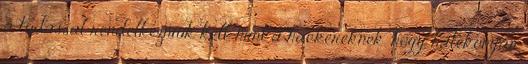
a tudással rendelkezniük kell, mint a hackereknek, hogy hatékonyan